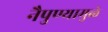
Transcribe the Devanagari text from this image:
नैपुण्यामुळे